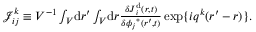
\begin{array} { r } { \mathcal { J } _ { i j } ^ { k } \equiv V ^ { - 1 } \int _ { V } \! \mathrm { d } \boldsymbol { r } ^ { \prime } \int _ { V } \! \mathrm { d } \boldsymbol { r } \frac { \delta \boldsymbol { J } _ { i } ^ { \mathrm { d } } ( \boldsymbol { r } , t ) } { \delta { \phi _ { j } } ^ { * } ( \boldsymbol { r } ^ { \prime } , t ) } \, \mathrm { e x p } \{ i \boldsymbol { q } ^ { k } ( \boldsymbol { r } ^ { \prime } - \boldsymbol { r } ) \} . } \end{array}